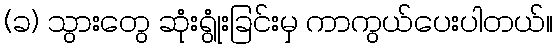
(ခ) သွားတွေ ဆုံးရွုံးခြင်းမှ ကာကွယ်ပေးပါတယ်။